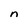
Character: n